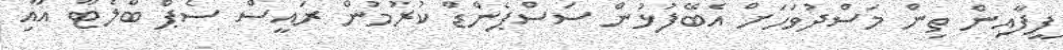
ފީފާއިން ތިން މަސްދުވަހަށް އެބޭފުޅުން ސަސްޕެންޑް ކުރުމުން ރައީސް ސެޕް ބްލެޓާ އާއި